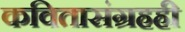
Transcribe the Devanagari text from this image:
कवितासंग्रहही